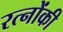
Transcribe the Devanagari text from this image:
रत्नोंकी